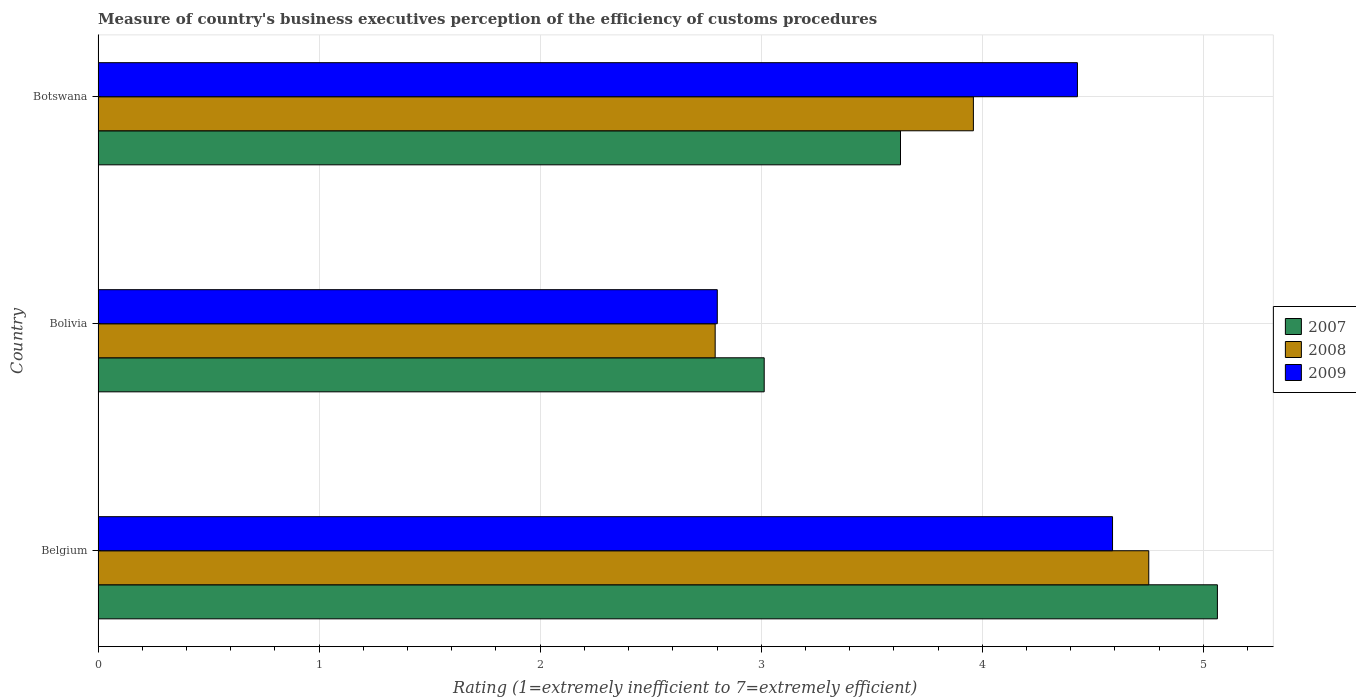
| Country | 2007 | 2008 | 2009 |
 | --- | --- | --- | --- |
 | Belgium | 5.06 | 4.75 | 4.59 |
 | Bolivia | 3.01 | 2.79 | 2.8 |
 | Botswana | 3.63 | 3.96 | 4.43 |